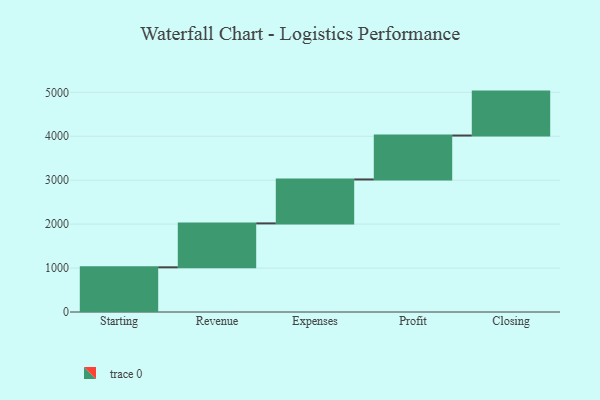
{"axis": {"x": "Step", "y": "Value"}, "legend": [""], "data": [{"x": "Starting", "y": 1017.0, "type": ""}, {"x": "Revenue", "y": 1000, "type": ""}, {"x": "Expenses", "y": 1000, "type": ""}, {"x": "Profit", "y": 1000, "type": ""}, {"x": "Closing", "y": 1000, "type": ""}]}